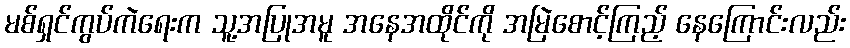
မစ်ရှင်ကွပ်ကဲရေးက သူ့အပြုအမူ အနေအထိုင်ကို အမြဲစောင့်ကြည့် နေကြောင်းလည်း